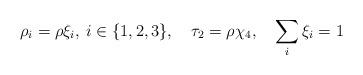
LaTeX: \begin{align*}\rho_i=\rho\xi_i, \: i \in \{1,2,3\}, \quad \tau_2=\rho\chi_4, \quad \sum_i \xi_i = 1\end{align*}